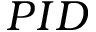
{ P I D }